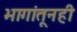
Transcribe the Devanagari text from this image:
भागांतूनही